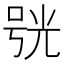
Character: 𠵗